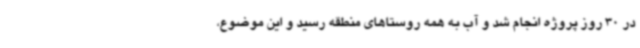
در 30 روز پروژه انجام شد و آب به همه روستاهای منطقه رسید و این موضوع،